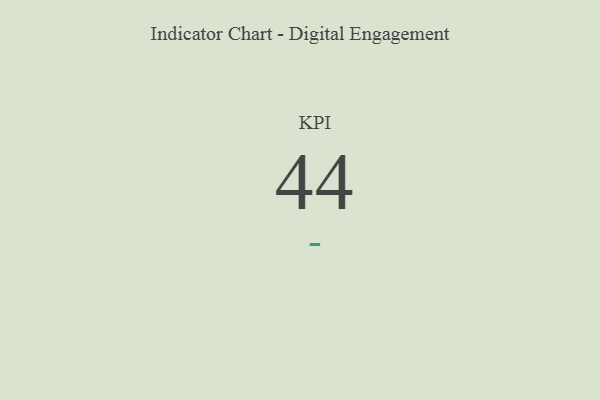
{"axis": {"x": "KPI", "y": "Value"}, "legend": [""], "data": [{"x": "KPI", "y": 44, "type": ""}]}